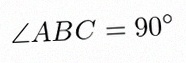
\angle ABC=90^\circ